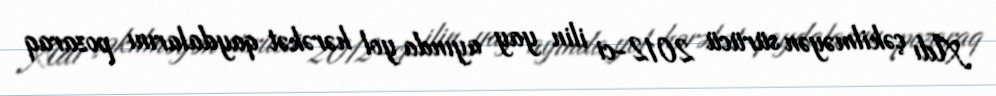
Adı çəkilməyən sürücü 2012-ci ilin yay ayında yol hərəkət qaydalarını pozaraq